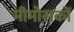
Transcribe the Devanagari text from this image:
मीमोसकों